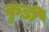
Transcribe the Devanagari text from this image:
कुर्डी